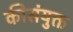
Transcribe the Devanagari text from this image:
कीसंयुक्त